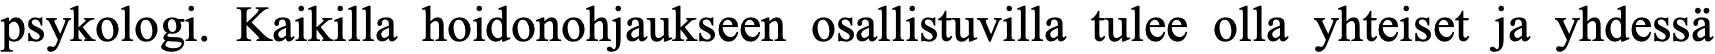
psykologi. Kaikilla hoidonohjaukseen osallistuvilla tulee olla yhteiset ja yhdessä